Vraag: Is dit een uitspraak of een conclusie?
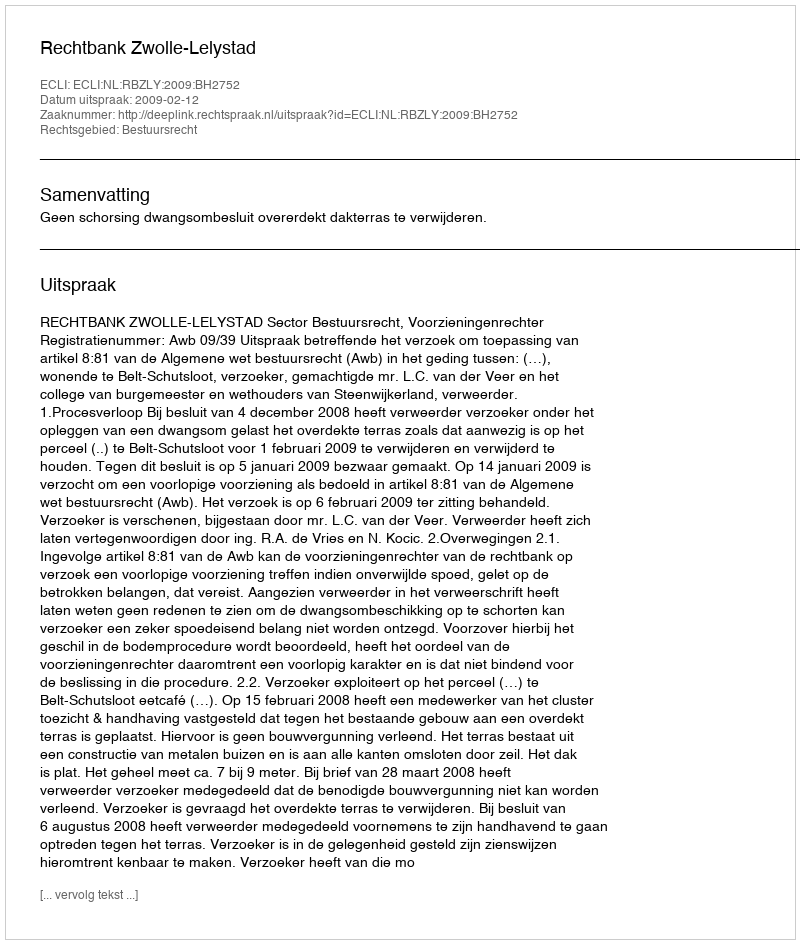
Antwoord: Uitspraak